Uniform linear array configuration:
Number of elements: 32
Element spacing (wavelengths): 0.5
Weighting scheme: binomial
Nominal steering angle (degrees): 45
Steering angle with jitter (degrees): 43.4
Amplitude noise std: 0.05
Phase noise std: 0.05

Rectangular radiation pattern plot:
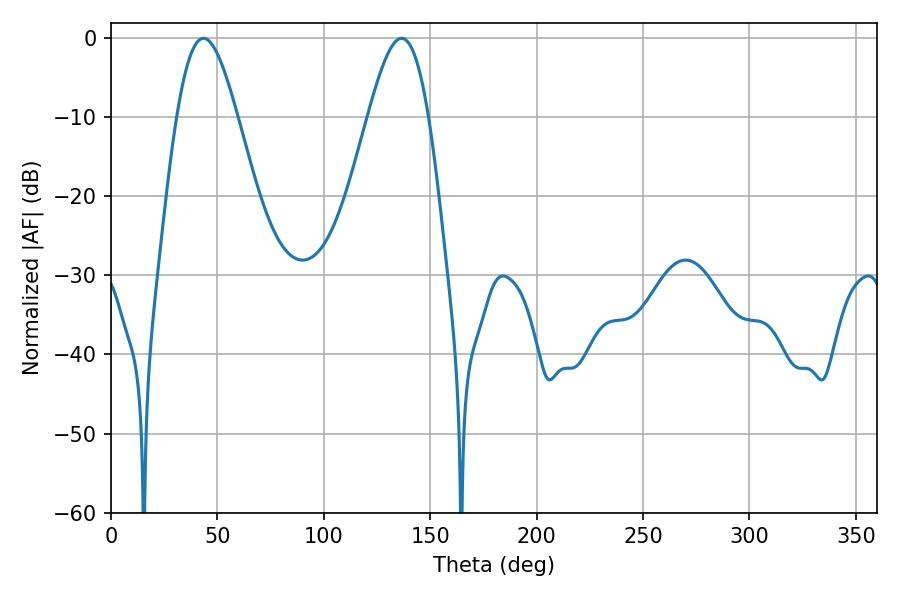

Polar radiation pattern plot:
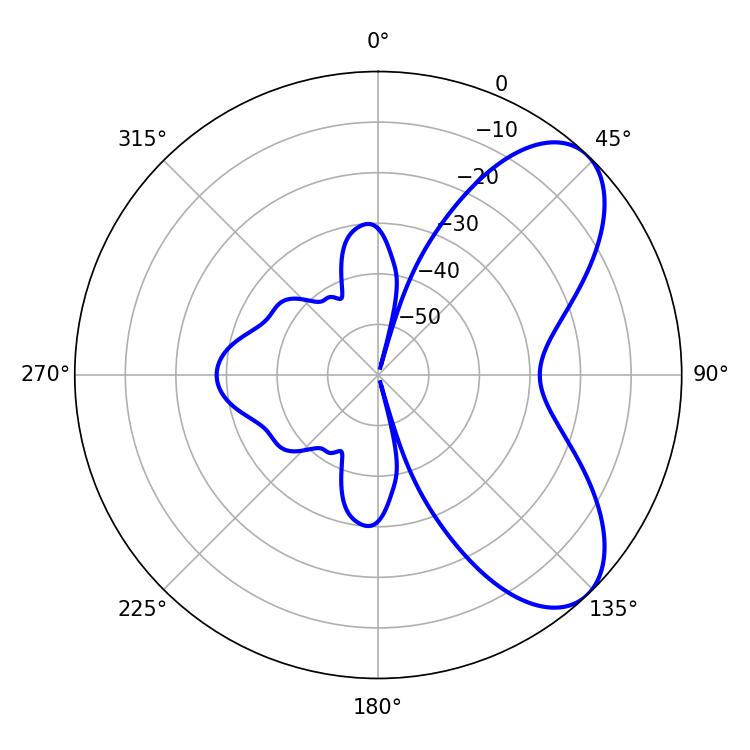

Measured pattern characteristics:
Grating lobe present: FALSE
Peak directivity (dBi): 6.916
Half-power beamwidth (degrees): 15.12
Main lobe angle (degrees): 43.38